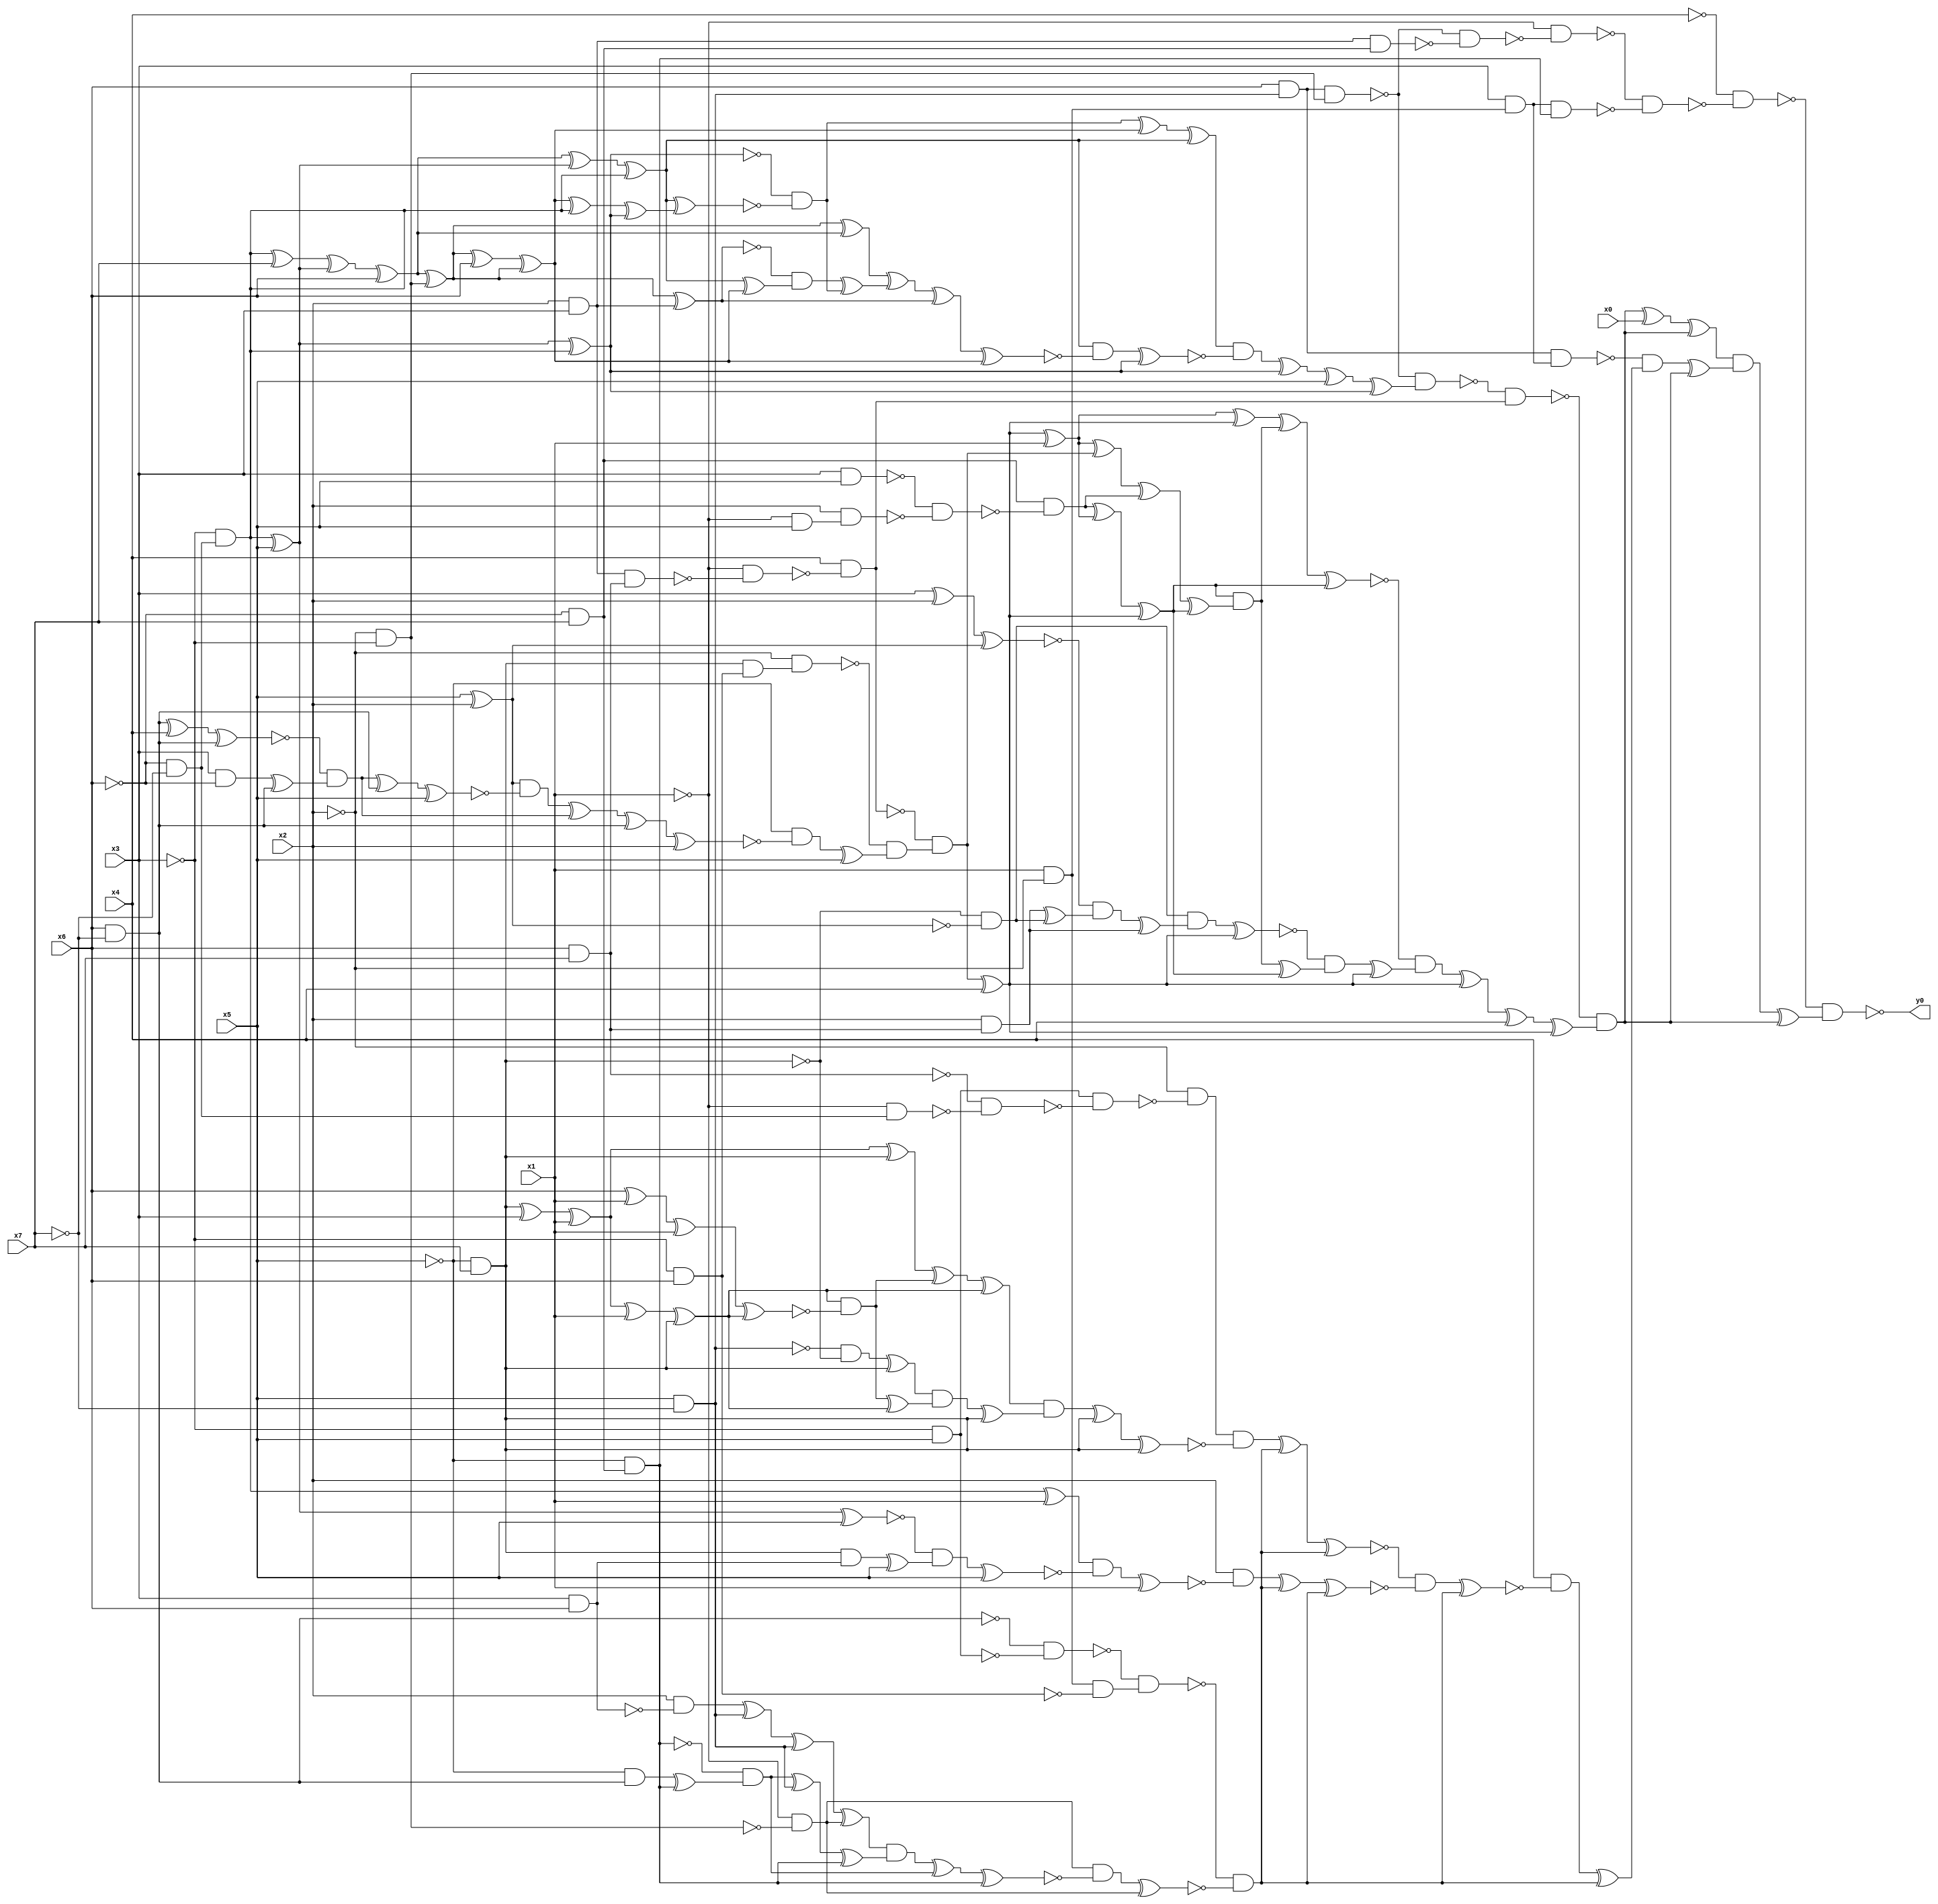
module top( x0 , x1 , x2 , x3 , x4 , x5 , x6 , x7 , y0 );
  input x0 , x1 , x2 , x3 , x4 , x5 , x6 , x7 ;
  output y0 ;
  wire n9 , n10 , n11 , n12 , n13 , n14 , n15 , n16 , n17 , n18 , n19 , n20 , n21 , n22 , n23 , n24 , n25 , n26 , n27 , n28 , n29 , n30 , n31 , n32 , n33 , n34 , n35 , n36 , n37 , n38 , n39 , n40 , n41 , n42 , n43 , n44 , n45 , n46 , n47 , n48 , n49 , n50 , n51 , n52 , n53 , n54 , n55 , n56 , n57 , n58 , n59 , n60 , n61 , n62 , n63 , n64 , n65 , n66 , n67 , n68 , n69 , n70 , n71 , n72 , n73 , n74 , n75 , n76 , n77 , n78 , n79 , n80 , n81 , n82 , n83 , n84 , n85 , n86 , n87 , n88 , n89 , n90 , n91 , n92 , n93 , n94 , n95 , n96 , n97 , n98 , n99 , n100 , n101 , n102 , n103 , n104 , n105 , n106 , n107 , n108 , n109 , n110 , n111 , n112 , n113 , n114 , n115 , n116 , n117 , n118 , n119 , n120 , n121 , n122 , n123 , n124 , n125 , n126 , n127 , n128 , n129 , n130 , n131 , n132 , n133 , n134 , n135 , n136 , n137 , n138 , n139 , n140 , n141 , n142 , n143 , n144 , n145 , n146 , n147 , n148 , n149 , n150 , n151 , n152 , n153 , n154 , n155 , n156 , n157 , n158 , n159 , n160 , n161 , n162 , n163 , n164 , n165 , n166 , n167 , n168 , n169 , n170 , n171 , n172 , n173 , n174 , n175 , n176 , n177 , n178 , n179 , n180 , n181 , n182 , n183 , n184 , n185 ;
  assign n9 = x5 & ~x7 ;
  assign n10 = x6 & n9 ;
  assign n11 = ~x2 & ~x3 ;
  assign n12 = n10 & n11 ;
  assign n13 = x2 & x3 ;
  assign n14 = ~x6 & x7 ;
  assign n15 = n13 & n14 ;
  assign n16 = ~n12 & ~n15 ;
  assign n17 = ~x1 & ~n16 ;
  assign n18 = x1 & ~x2 ;
  assign n19 = x3 & n18 ;
  assign n20 = ~x5 & n14 ;
  assign n21 = n19 & n20 ;
  assign n22 = ~n17 & ~n21 ;
  assign n23 = ~x4 & ~n22 ;
  assign n24 = ~x6 & ~x7 ;
  assign n25 = ~x3 & n24 ;
  assign n26 = n25 ^ x5 ;
  assign n27 = n26 ^ n25 ;
  assign n28 = n25 ^ x7 ;
  assign n29 = n28 ^ n26 ;
  assign n30 = n29 ^ x6 ;
  assign n36 = n30 ^ n26 ;
  assign n37 = n36 ^ n25 ;
  assign n31 = n30 ^ n11 ;
  assign n32 = n31 ^ x6 ;
  assign n33 = n32 ^ n31 ;
  assign n34 = n33 ^ n25 ;
  assign n35 = n34 ^ n27 ;
  assign n38 = n37 ^ n35 ;
  assign n39 = ~n27 & ~n38 ;
  assign n40 = n39 ^ n33 ;
  assign n41 = n40 ^ n37 ;
  assign n46 = n31 ^ n30 ;
  assign n42 = n31 ^ n13 ;
  assign n43 = n37 ^ n33 ;
  assign n44 = ~n42 & n43 ;
  assign n45 = n44 ^ n39 ;
  assign n47 = n46 ^ n45 ;
  assign n48 = n47 ^ n42 ;
  assign n49 = n48 ^ n33 ;
  assign n50 = n37 & ~n49 ;
  assign n51 = n50 ^ n27 ;
  assign n52 = n41 & ~n51 ;
  assign n53 = n52 ^ n27 ;
  assign n54 = n53 ^ x5 ;
  assign n55 = n54 ^ n27 ;
  assign n56 = ~n12 & n55 ;
  assign n57 = x6 & x7 ;
  assign n58 = n13 & n57 ;
  assign n59 = ~x1 & ~n58 ;
  assign n60 = x4 & ~n59 ;
  assign n61 = ~n56 & n60 ;
  assign n62 = ~x5 & x7 ;
  assign n63 = ~x3 & x6 ;
  assign n64 = n62 & n63 ;
  assign n65 = ~x2 & n64 ;
  assign n66 = x5 ^ x2 ;
  assign n67 = x6 & ~x7 ;
  assign n68 = n67 ^ x4 ;
  assign n69 = n68 ^ n67 ;
  assign n70 = x3 & ~x6 ;
  assign n71 = n70 ^ n67 ;
  assign n72 = ~n69 & n71 ;
  assign n73 = n72 ^ n67 ;
  assign n74 = n73 ^ x5 ;
  assign n75 = n66 & ~n74 ;
  assign n76 = n75 ^ n72 ;
  assign n77 = n76 ^ n67 ;
  assign n78 = n77 ^ x2 ;
  assign n79 = ~x5 & ~n78 ;
  assign n80 = n79 ^ x5 ;
  assign n81 = ~n65 & n80 ;
  assign n82 = ~n60 & n81 ;
  assign n83 = n82 ^ x4 ;
  assign n84 = n83 ^ x1 ;
  assign n96 = n84 ^ n83 ;
  assign n85 = x3 & x5 ;
  assign n86 = ~x1 & x5 ;
  assign n87 = x2 & n86 ;
  assign n88 = ~n85 & ~n87 ;
  assign n89 = n14 & ~n88 ;
  assign n90 = n89 ^ n84 ;
  assign n91 = n90 ^ n83 ;
  assign n92 = n84 ^ n82 ;
  assign n93 = n92 ^ n89 ;
  assign n94 = n93 ^ n91 ;
  assign n95 = n91 & n94 ;
  assign n97 = n96 ^ n95 ;
  assign n98 = n97 ^ n91 ;
  assign n99 = ~n62 & ~n66 ;
  assign n100 = x3 ^ x2 ;
  assign n101 = n100 ^ n66 ;
  assign n102 = x2 & n57 ;
  assign n103 = n102 ^ n99 ;
  assign n104 = ~n101 & n103 ;
  assign n105 = n104 ^ n102 ;
  assign n106 = n99 & n105 ;
  assign n107 = n106 ^ n83 ;
  assign n108 = n95 ^ n91 ;
  assign n109 = ~n107 & n108 ;
  assign n110 = n109 ^ n83 ;
  assign n111 = ~n98 & n110 ;
  assign n112 = n111 ^ n83 ;
  assign n113 = n112 ^ x4 ;
  assign n114 = n113 ^ n83 ;
  assign n115 = ~n61 & n114 ;
  assign n116 = n115 ^ x0 ;
  assign n117 = n116 ^ n115 ;
  assign n118 = n10 & n19 ;
  assign n119 = ~x3 & x5 ;
  assign n140 = ~x1 & n24 ;
  assign n141 = ~n57 & ~n140 ;
  assign n142 = n119 & ~n141 ;
  assign n143 = ~x2 & ~n142 ;
  assign n144 = n62 ^ x3 ;
  assign n145 = n144 ^ x1 ;
  assign n152 = n145 ^ n62 ;
  assign n146 = n145 ^ x1 ;
  assign n147 = n146 ^ n62 ;
  assign n148 = x6 ^ x1 ;
  assign n149 = n148 ^ x1 ;
  assign n150 = n149 ^ n147 ;
  assign n151 = n147 & ~n150 ;
  assign n153 = n152 ^ n151 ;
  assign n154 = n153 ^ n147 ;
  assign n155 = ~n9 & ~n62 ;
  assign n156 = n155 ^ n62 ;
  assign n157 = n151 ^ n147 ;
  assign n158 = n156 & n157 ;
  assign n159 = n158 ^ n62 ;
  assign n160 = n154 & n159 ;
  assign n161 = n160 ^ n62 ;
  assign n162 = n161 ^ n62 ;
  assign n163 = n143 & ~n162 ;
  assign n120 = ~n67 & ~n119 ;
  assign n121 = n18 & ~n63 ;
  assign n122 = ~n120 & n121 ;
  assign n123 = ~x1 & ~n11 ;
  assign n124 = x3 & x6 ;
  assign n125 = x2 & ~n124 ;
  assign n126 = n125 ^ n9 ;
  assign n127 = n126 ^ n9 ;
  assign n128 = n127 ^ n123 ;
  assign n129 = ~x5 & n67 ;
  assign n130 = n129 ^ n20 ;
  assign n131 = ~n20 & n130 ;
  assign n132 = n131 ^ n9 ;
  assign n133 = n132 ^ n20 ;
  assign n134 = n128 & n133 ;
  assign n135 = n134 ^ n131 ;
  assign n136 = n135 ^ n20 ;
  assign n137 = n123 & ~n136 ;
  assign n138 = n137 ^ n123 ;
  assign n139 = ~n122 & ~n138 ;
  assign n164 = n163 ^ n139 ;
  assign n165 = n164 ^ n139 ;
  assign n166 = n25 ^ x1 ;
  assign n167 = n26 ^ x5 ;
  assign n168 = n62 & n124 ;
  assign n169 = n168 ^ x5 ;
  assign n170 = ~n167 & n169 ;
  assign n171 = n170 ^ x5 ;
  assign n172 = n166 & ~n171 ;
  assign n173 = n172 ^ x1 ;
  assign n174 = x2 & ~n173 ;
  assign n175 = n174 ^ n139 ;
  assign n176 = n175 ^ n139 ;
  assign n177 = ~n165 & ~n176 ;
  assign n178 = n177 ^ n139 ;
  assign n179 = x4 & ~n178 ;
  assign n180 = n179 ^ n139 ;
  assign n181 = ~n118 & n180 ;
  assign n182 = n181 ^ n115 ;
  assign n183 = n117 & n182 ;
  assign n184 = n183 ^ n115 ;
  assign n185 = ~n23 & n184 ;
  assign y0 = ~n185 ;
endmodule